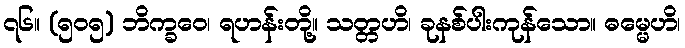
၇၆။ (၅၀၅) ဘိက္ခဝေ၊ ရဟန်းတို့။ သတ္တဟိ၊ ခုနစ်ပါးကုန်သော။ ဓမ္မေဟိ၊